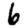
Digit: 6